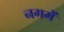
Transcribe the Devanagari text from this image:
नगमें